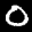
Label: 0